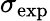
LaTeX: \sigma_{\mathrm{exp}}